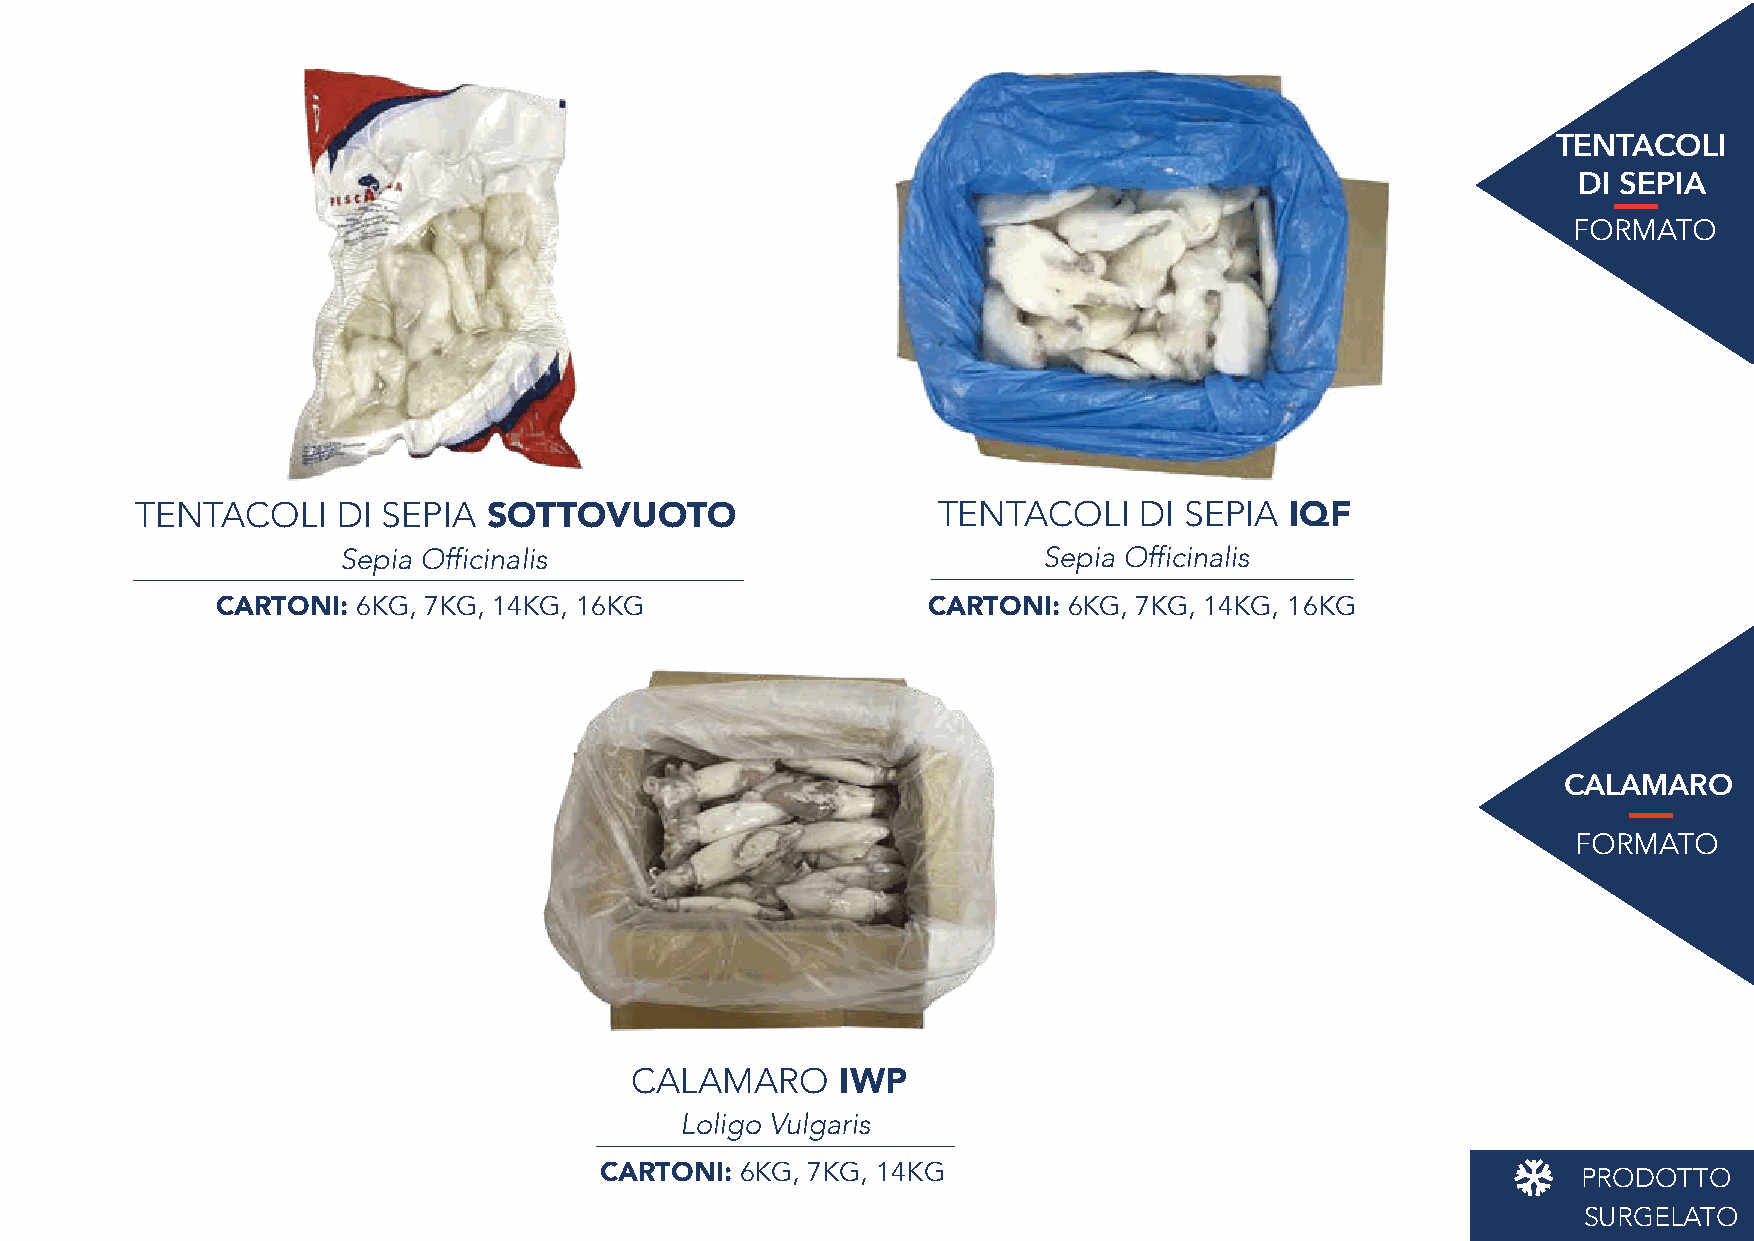
TENTACOLI
 DI SEPIA
 FORMATO
 TENTACOLI    DI SEPIA  SOTTOVUOTO                    TENTACOLI    DI SEPIA  IQF
 Sepia Officinalis                             Sepia Officinalis
 CARTONI:  6KG, 7KG, 14KG, 16KG                 CARTONI:  6KG, 7KG, 14KG, 16KG
 CALAMARO
 FORMATO
 CALAMARO
 IWP
 Loligo Vulgaris
 CARTONI: 6KG, 7KG, 14KG                                          PRODOTTO
 SURGELATO